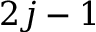
2 j - 1